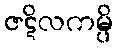
ဇဋိလကမ္ပိ